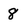
Character: 8